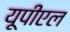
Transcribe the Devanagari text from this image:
यूपीएल